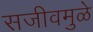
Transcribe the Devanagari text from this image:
सजीवमुळे